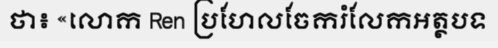
ថា៖ «លោក Ren ប្រហែលចែករំលែកអត្ថបទ